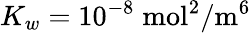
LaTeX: K_{w}=10^{-8}\; \mathrm{mol}^{2}/\mathrm{m}^{6}